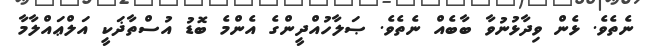
ނެތެވެ. ޅެން ވިދާޅުނުވާ ބާބެއް ނެތެވެ. ޞަލާހުއްދީންގެ އެންމެ ބޮޑު އުސްތާޛަކީ އަލްޢައްލާމާ